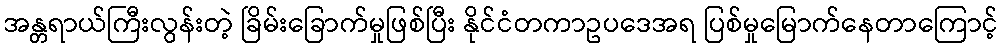
အန္တရာယ်ကြီးလွန်းတဲ့ ခြိမ်းခြောက်မှုဖြစ်ပြီး နိုင်ငံတကာဥပဒေအရ ပြစ်မှုမြောက်နေတာကြောင့်